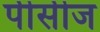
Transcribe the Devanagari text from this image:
पीसीज